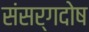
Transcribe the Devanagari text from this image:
संसर्गदोष